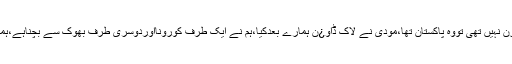
عمران خان کا کہناتھا کہ اگردنیا میں کسی ملک کے فیصلوں میں کنفیوژن نہیں تھی تووہ پاکستان تھا،مودی نے لاک ڈاو¿ن ہمارے بعدکیا،ہم نے ایک طرف کورونااوردوسری طرف بھوک سے بچناہے،ہمارے پاس دہری مشکل ہے،پاکستان میں کچی آبادیاں ،غریب بستیاں ہیں۔